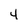
Character: 4